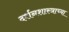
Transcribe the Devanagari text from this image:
दर्शनशास्त्राच्या